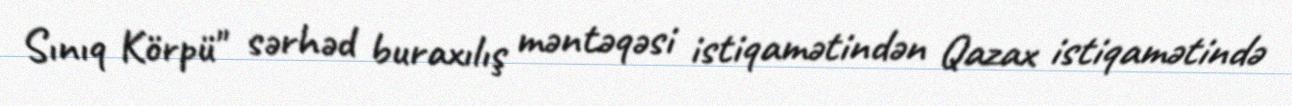
Sınıq Körpü" sərhəd buraxılış məntəqəsi istiqamətindən Qazax istiqamətində